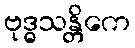
ဗုဒ္ဓသန္တိကေ